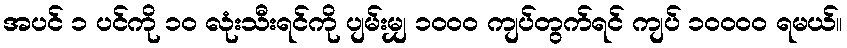
အပင် ၁ ပင်ကို ၁၀ လုံးသီးရင်ကို ပျမ်းမျှ ၁၀၀၀ ကျပ်တွက်ရင် ကျပ် ၁၀၀၀၀ ရမယ်။